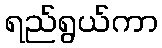
ရည်ရွယ်ကာ